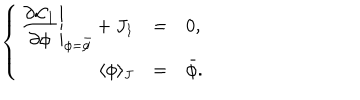
\left\{ \begin{array} { r c l } { { \displaystyle \left. \frac { \partial { \cal L } _ { 1 } } { \partial \phi } \right| _ { \phi = \bar { \phi } } + J _ { 1 } } } & { { = } } & { { 0 , } } \\ { { \langle \phi \rangle _ { J } } } & { { = } } & { { \bar { \phi } . } } \\ \end{array} \right.